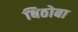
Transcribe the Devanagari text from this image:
बिठोबा